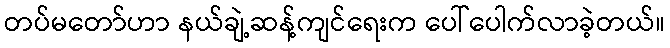
တပ်မတော်ဟာ နယ်ချဲ့ဆန့်ကျင်ရေးက ပေါ်ပေါက်လာခဲ့တယ်။